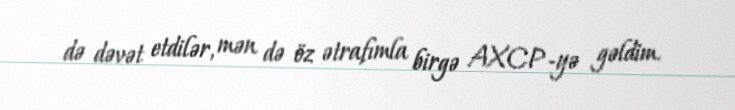
də dəvət etdilər, mən də öz ətrafımla birgə AXCP-yə gəldim.